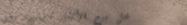
محل بيع الأثاث الخشبي: تص